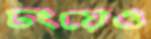
ঢংয়েও